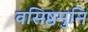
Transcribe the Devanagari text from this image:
वसिष्ठमुनि